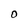
Character: O